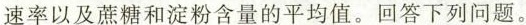
速率以及蔗糖和淀粉含量的平均值。回答下列问题。